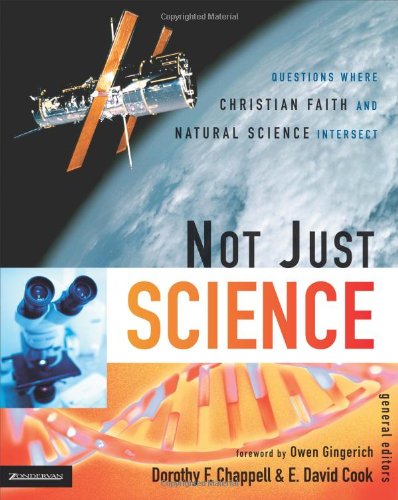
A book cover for Not Just Science: Questions Where Christian Faith and Natural Science Intersect; Christian Books & Bibles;